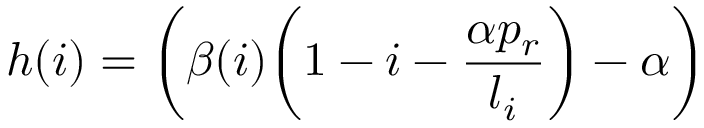
h ( i ) = \left( \beta ( i ) \bigg ( 1 - i - \frac { \alpha p _ { r } } { l _ { i } } \bigg ) - \alpha \right)